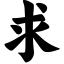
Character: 求